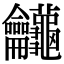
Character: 𪛕